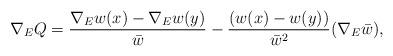
LaTeX: \begin{align*} \nabla_E Q = \frac{\nabla_E w(x) - \nabla_E w(y)}{\bar{w}} - \frac{(w(x) - w(y))}{\bar{w}^2}(\nabla_E\bar{w}), \end{align*}